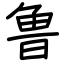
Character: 鲁